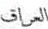
العراق